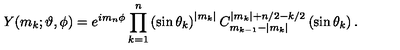
Y ( m _ { k } ; \vartheta , \phi ) = e ^ { i m _ { n } \phi } \prod _ { k = 1 } ^ { n } \left( \sin \theta _ { k } \right) ^ { | m _ { k } | } C _ { m _ { k - 1 } - | m _ { k } | } ^ { | m _ { k } | + n / 2 - k / 2 } \left( \sin \theta _ { k } \right) .